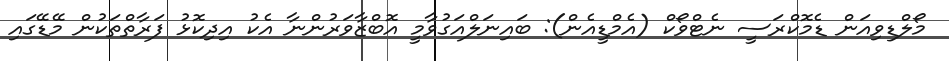
މޯލްޑިވިއަން ޑެމޮކްރަސީ ނެޓްވޯކް (އެމްޑީއެން): ބައިނަލްއަގުވާމީ އޮބްޒާވަރުންނާ އެކު އިދިކޮޅު ފަރާތްތަކުން މޭޑޭގައި